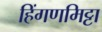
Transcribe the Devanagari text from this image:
हिंगणमिट्टा